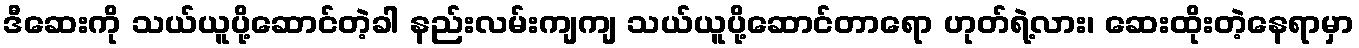
ဒီဆေးကို သယ်ယူပို့ဆောင်တဲ့ခါ နည်းလမ်းကျကျ သယ်ယူပို့ဆောင်တာရော ဟုတ်ရဲ့လား၊ ဆေးထိုးတဲ့နေရာမှာ